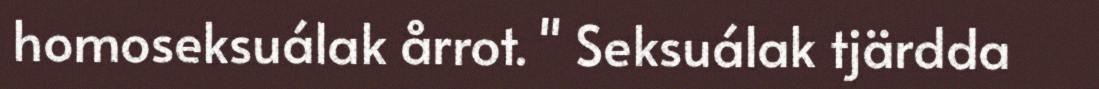
homoseksuálak årrot. " Seksuálak tjärdda